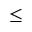
\leq